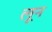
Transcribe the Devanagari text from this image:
लून